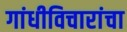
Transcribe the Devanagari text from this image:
गांधीविचारांचा